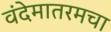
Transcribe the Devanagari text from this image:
वंदेमातरमचा